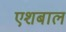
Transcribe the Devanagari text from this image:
एशबाल